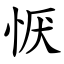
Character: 恹